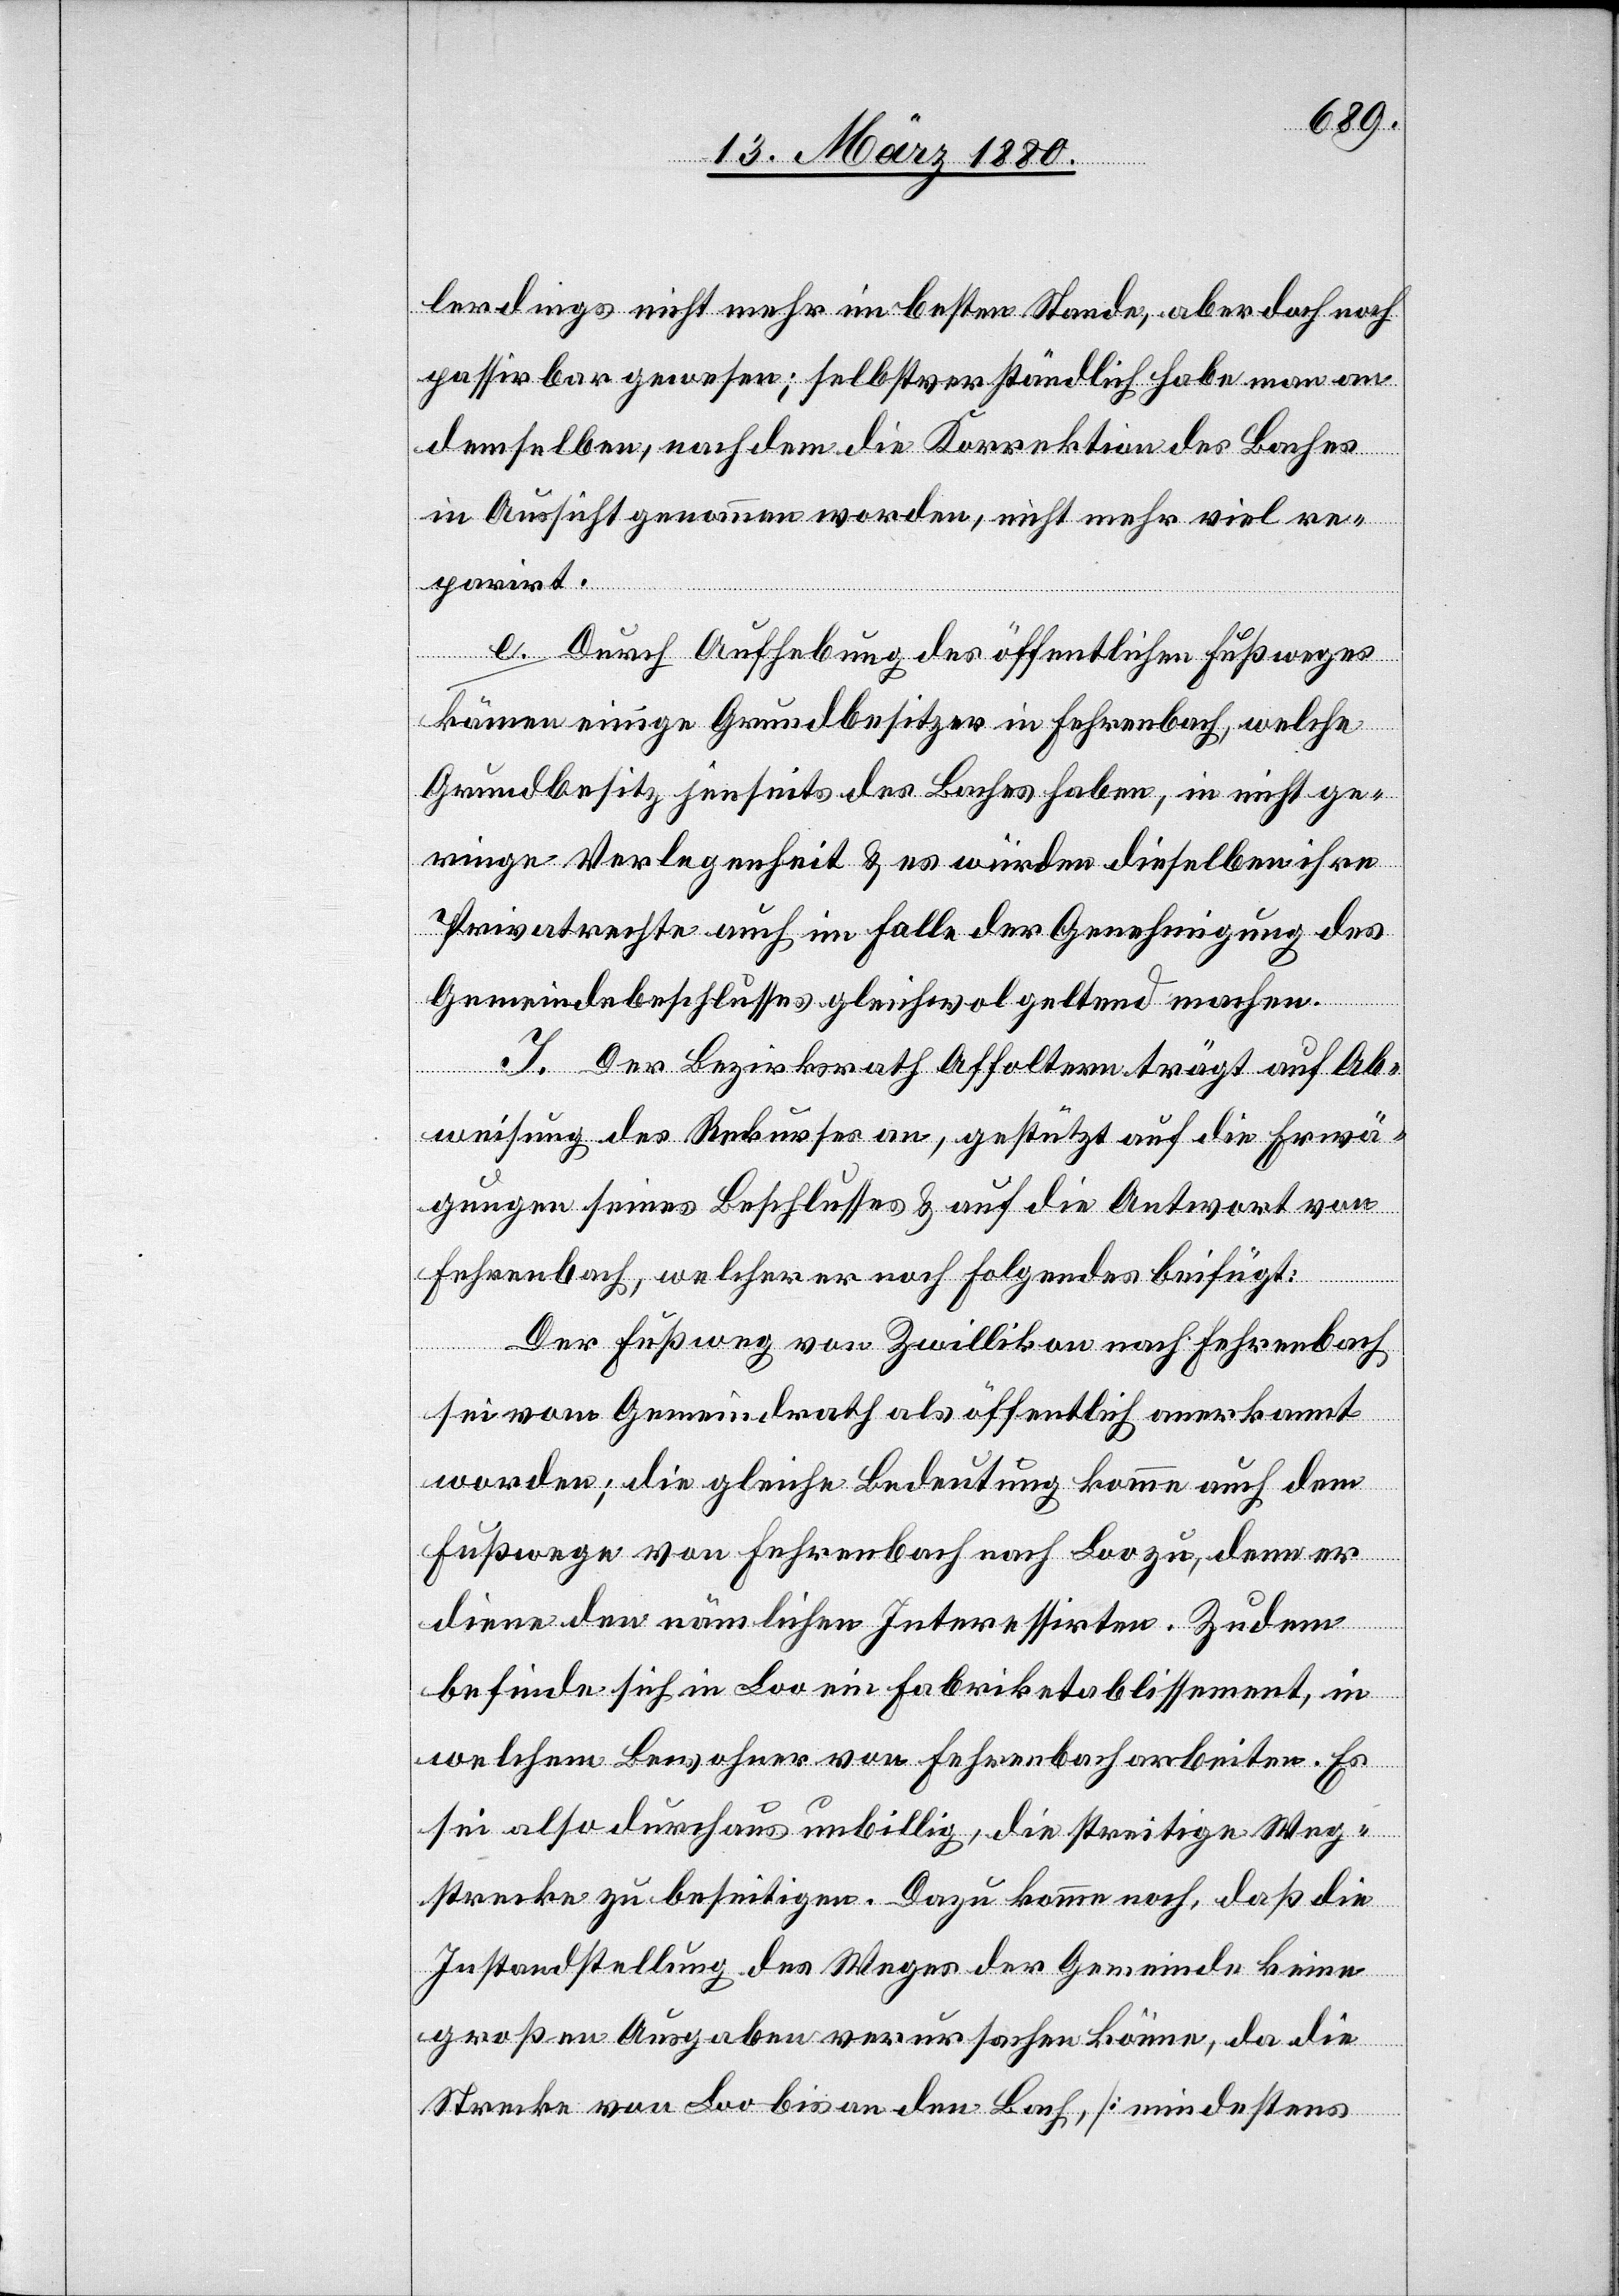
lerdings nicht mehr im besten Stande, aber doch noch
passirbar gewesen; selbstverständlich habe man an
demselben, nachdem die Korrektion des Baches
in Aussicht genommen worden, nicht mehr viel re¬
parirt.
e. Durch Aufhebung des öffentlichen Fußweges
kämen einige Grundbesitzer in Fehrenbach, welche
Grundbesitz jenseits des Baches haben, in nicht ge¬
ringe Verlegenheit & es würden dieselben ihre
Privatrechte auch im Falle der Genehmigung des
Gemeindebeschlusses gleichwol geltend machen.
I. Der Bezirksrath Affoltern trägt auf Ab¬
weisung des Rekurses an, gestützt auf die Erwä¬
gungen seines Beschlusses & auf die Antwort von
Fehrenbach, welcher er noch folgendes beifügt:
Der Fußweg von Zwillikon nach Fehrenbach
sei vom Gemeindrath als öffentlich anerkannt
worden; die gleiche Bedeutung komme auch dem
Fußwege von Fehrenbach nach Loo zu, denn er
diene den nämlichen Interessirten. Zudem
befinde sich in Loo ein Fabriketablissement, in
welchem Bewohner von Fehrenbach arbeiten. Es
sei also durchaus unbillig, die streitige Weg¬
strecke zu beseitigen. Dazu komme noch, daß die
Instandstellung des Weges der Gemeinde keine
großen Ausgaben verursachen könne, da die
Strecke von Loo bis an den Bach, [mindestens